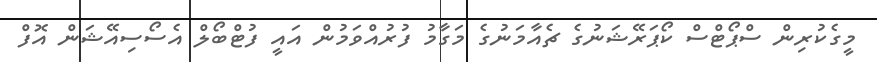
މީގެކުރިން ސްޕޯޓްސް ކޯޕަރޭޝަނުގެ ޗެއާމަނުގެ މަގާމު ފުރުއްވަމުން އައީ ފުޓްބޯލް އެސޯސިއޭޝަން އޮފް